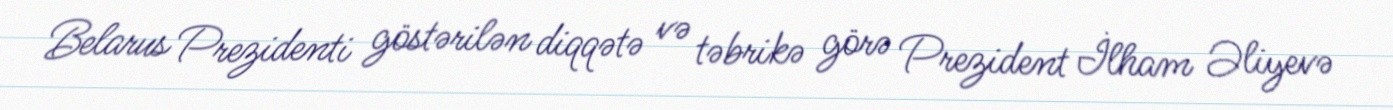
Belarus Prezidenti göstərilən diqqətə və təbrikə görə Prezident İlham Əliyevə